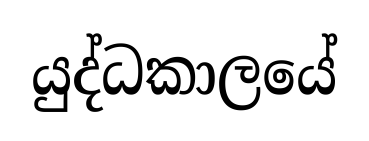
යුද්ධකාලයේ